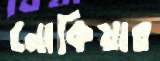
নোকিয়ার